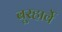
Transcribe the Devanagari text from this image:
बूरहार्वे